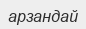
арзандай